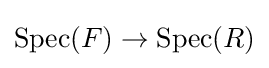
\mathrm {Spec} (F)\to \mathrm {Spec} (R)